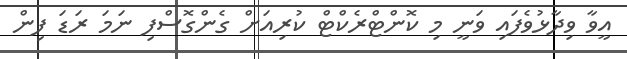
އީވާ ވިދާޅުވެފައި ވަނީ މި ކޮންޓްރެކްޓް ކުރިއަށް ގެންގޮސްފި ނަމަ ރަޑަ ފިން